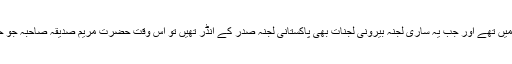
ان کی خدمات صرف امریکہ تک محدود نہیں تھیں بلکہ ان کے معترف دنیا بھر میں تھے اور جب یہ ساری لجنہ بیرونی لجنات بھی پاکستانی لجنہ صدر کے انڈر تھیں تو اُس وقت حضرت مریم صدیقہ صاحبہ جو حضرت خلیفۃ المسیح الثانی کی حرم تھیں وہ پوری دنیا کی لجنہ کی صدر تھیں ۔